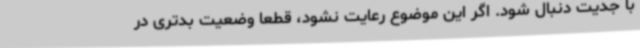
با جدیت دنبال شود. اگر این موضوع رعایت نشود، قطعاً وضعیت بدتری در